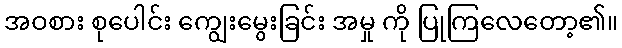
အဝစား စုပေါင်း ကျွေးမွေးခြင်း အမှု ကို ပြုကြလေတော့၏။